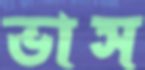
ভাস